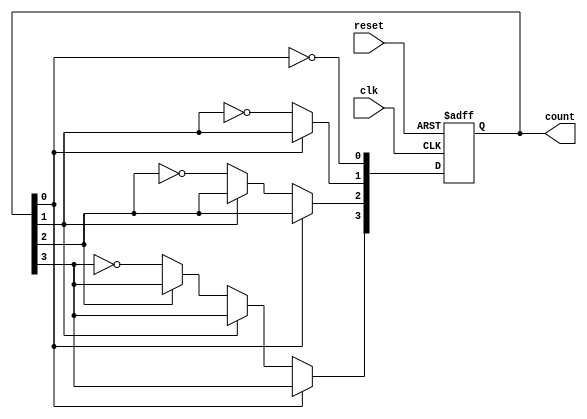
module async_counter (
    input wire clk,      // Clock input
    input wire reset,    // Asynchronous reset input
    output reg [n-1:0] count // Counter output
);
    parameter n = 4; // Number of bits (or flip-flops)

    // Always block to handle the counter behavior
    always @(posedge clk or posedge reset) begin
        if (reset) begin
            count <= 0; // Reset counter to 0
        end else begin
            // Ripple effect: toggle the LSB and propagate the toggle to higher bits
            count[0] <= ~count[0]; // Toggle LSB
            if (count[0] == 1'b0) begin
                count[1] <= ~count[1];
                if (count[1] == 1'b0) begin
                    count[2] <= ~count[2];
                    if (count[2] == 1'b0) begin
                        count[3] <= ~count[3];
                        // Extend this pattern for more bits if needed
                    end
                end
            end
        end
    end
endmodule